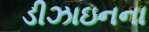
ડીઝાઇનના